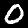
Digit: 0